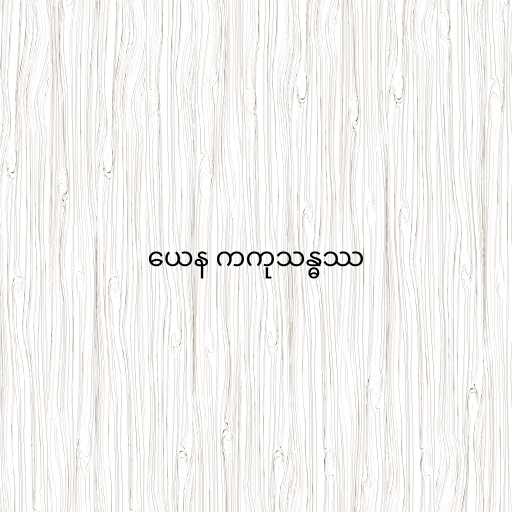
ယေန ကကုသန္ဓဿ